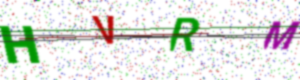
Text: HVRM